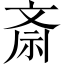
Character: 斎